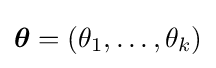
{\boldsymbol {\theta }}=(\theta _{1},\ldots ,\theta _{k})